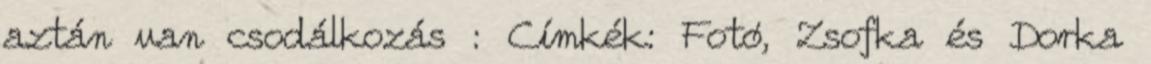
aztán van csodálkozás : Címkék: Fotó, Zsofka és Dorka